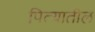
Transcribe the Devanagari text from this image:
पित्यातील